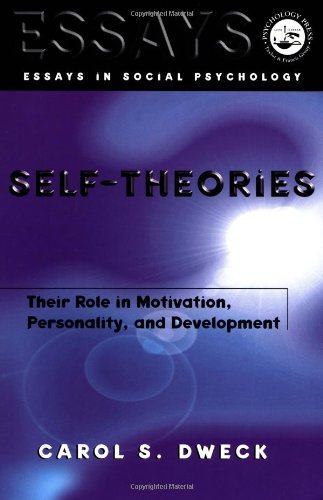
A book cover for Self-theories: Their Role in Motivation, Personality, and Development (Essays in Social Psychology); Carol Dweck; Medical Books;